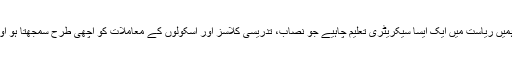
اس موقعے پر ریاست ورجینیا کے گورنر رالف نے کہا کہ اہم بات یہ ہے کہ ہمیں ریاست میں ایک ایسا سیکریٹری تعلیم چاہیے جو نصاب، تدریسی کلاسز اور اسکولوں کے معاملات کو اچھی طرح سمجھتا ہو اور عاطف قرنی کے پاس اعلیٰ تعلیم کے حوالے سے پختہ وژن بھی موجود ہے۔